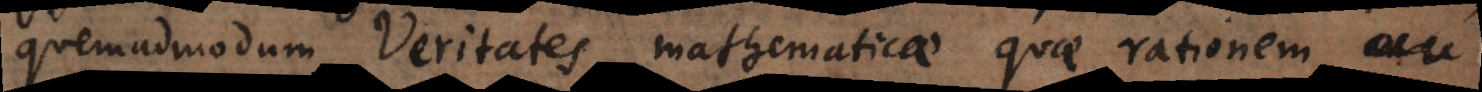
quemadmodum Veritates mathematicae quae rationem